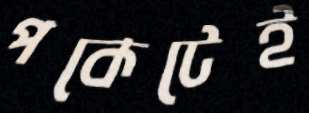
পকেটেই